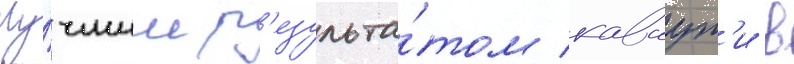
Лу́чшим р'езульта́том каваут'и в